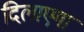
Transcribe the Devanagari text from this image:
दिलाएगा